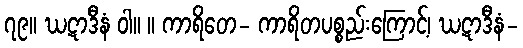
၇၉။ ဃဋာဒီနံ ဝါ။ ။ ကာရိတေ- ကာရိတပစ္စည်းကြောင့်၊ ဃဋာဒီနံ-